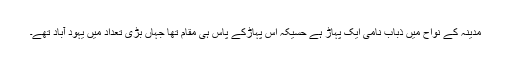
مدینہ کے نواح میں ذُبَاب نامی ایک پہاڑ ہے حُسَیْکَہ اس پہاڑکے پاس ہی مقام تھا جہاں بڑی تعداد میں یہود آباد تھے۔